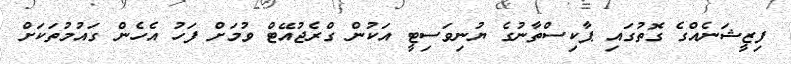
ފިޒީޝަނެއްގެ ގޮތުގައި ޕާކިސްތާނުގެ ޔުނިވަސިޓީ އަކުން ގްރެޖުއޭޓް ވުމަށް ފަހު އެހެން ގައުމުތަކަށް